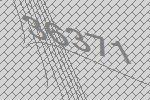
36371